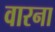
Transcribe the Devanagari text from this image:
वारना